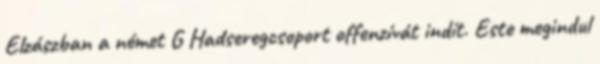
Elzászban a német G Hadseregcsoport offenzívát indít. Este megindul